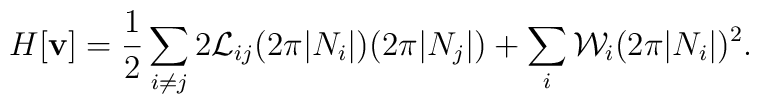
H[{\bf v}] = \frac{1}{2}\sum_{i \neq j} 2{\cal L}_{ij}(2\pi|N_i|)(2\pi|N_j|) + \sum_i {\cal W}_i(2\pi|N_i|)^2.